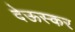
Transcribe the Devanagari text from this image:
देऊस्कर